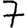
Digit: 7